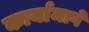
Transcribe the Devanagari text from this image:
कार्यामागे